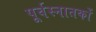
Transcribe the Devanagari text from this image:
पूर्वस्नातकों